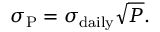
\sigma _ { \mathrm { P } } = \sigma _ { \mathrm { d a i l y } } { \sqrt { P } } .